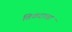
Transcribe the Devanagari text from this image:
विकराला